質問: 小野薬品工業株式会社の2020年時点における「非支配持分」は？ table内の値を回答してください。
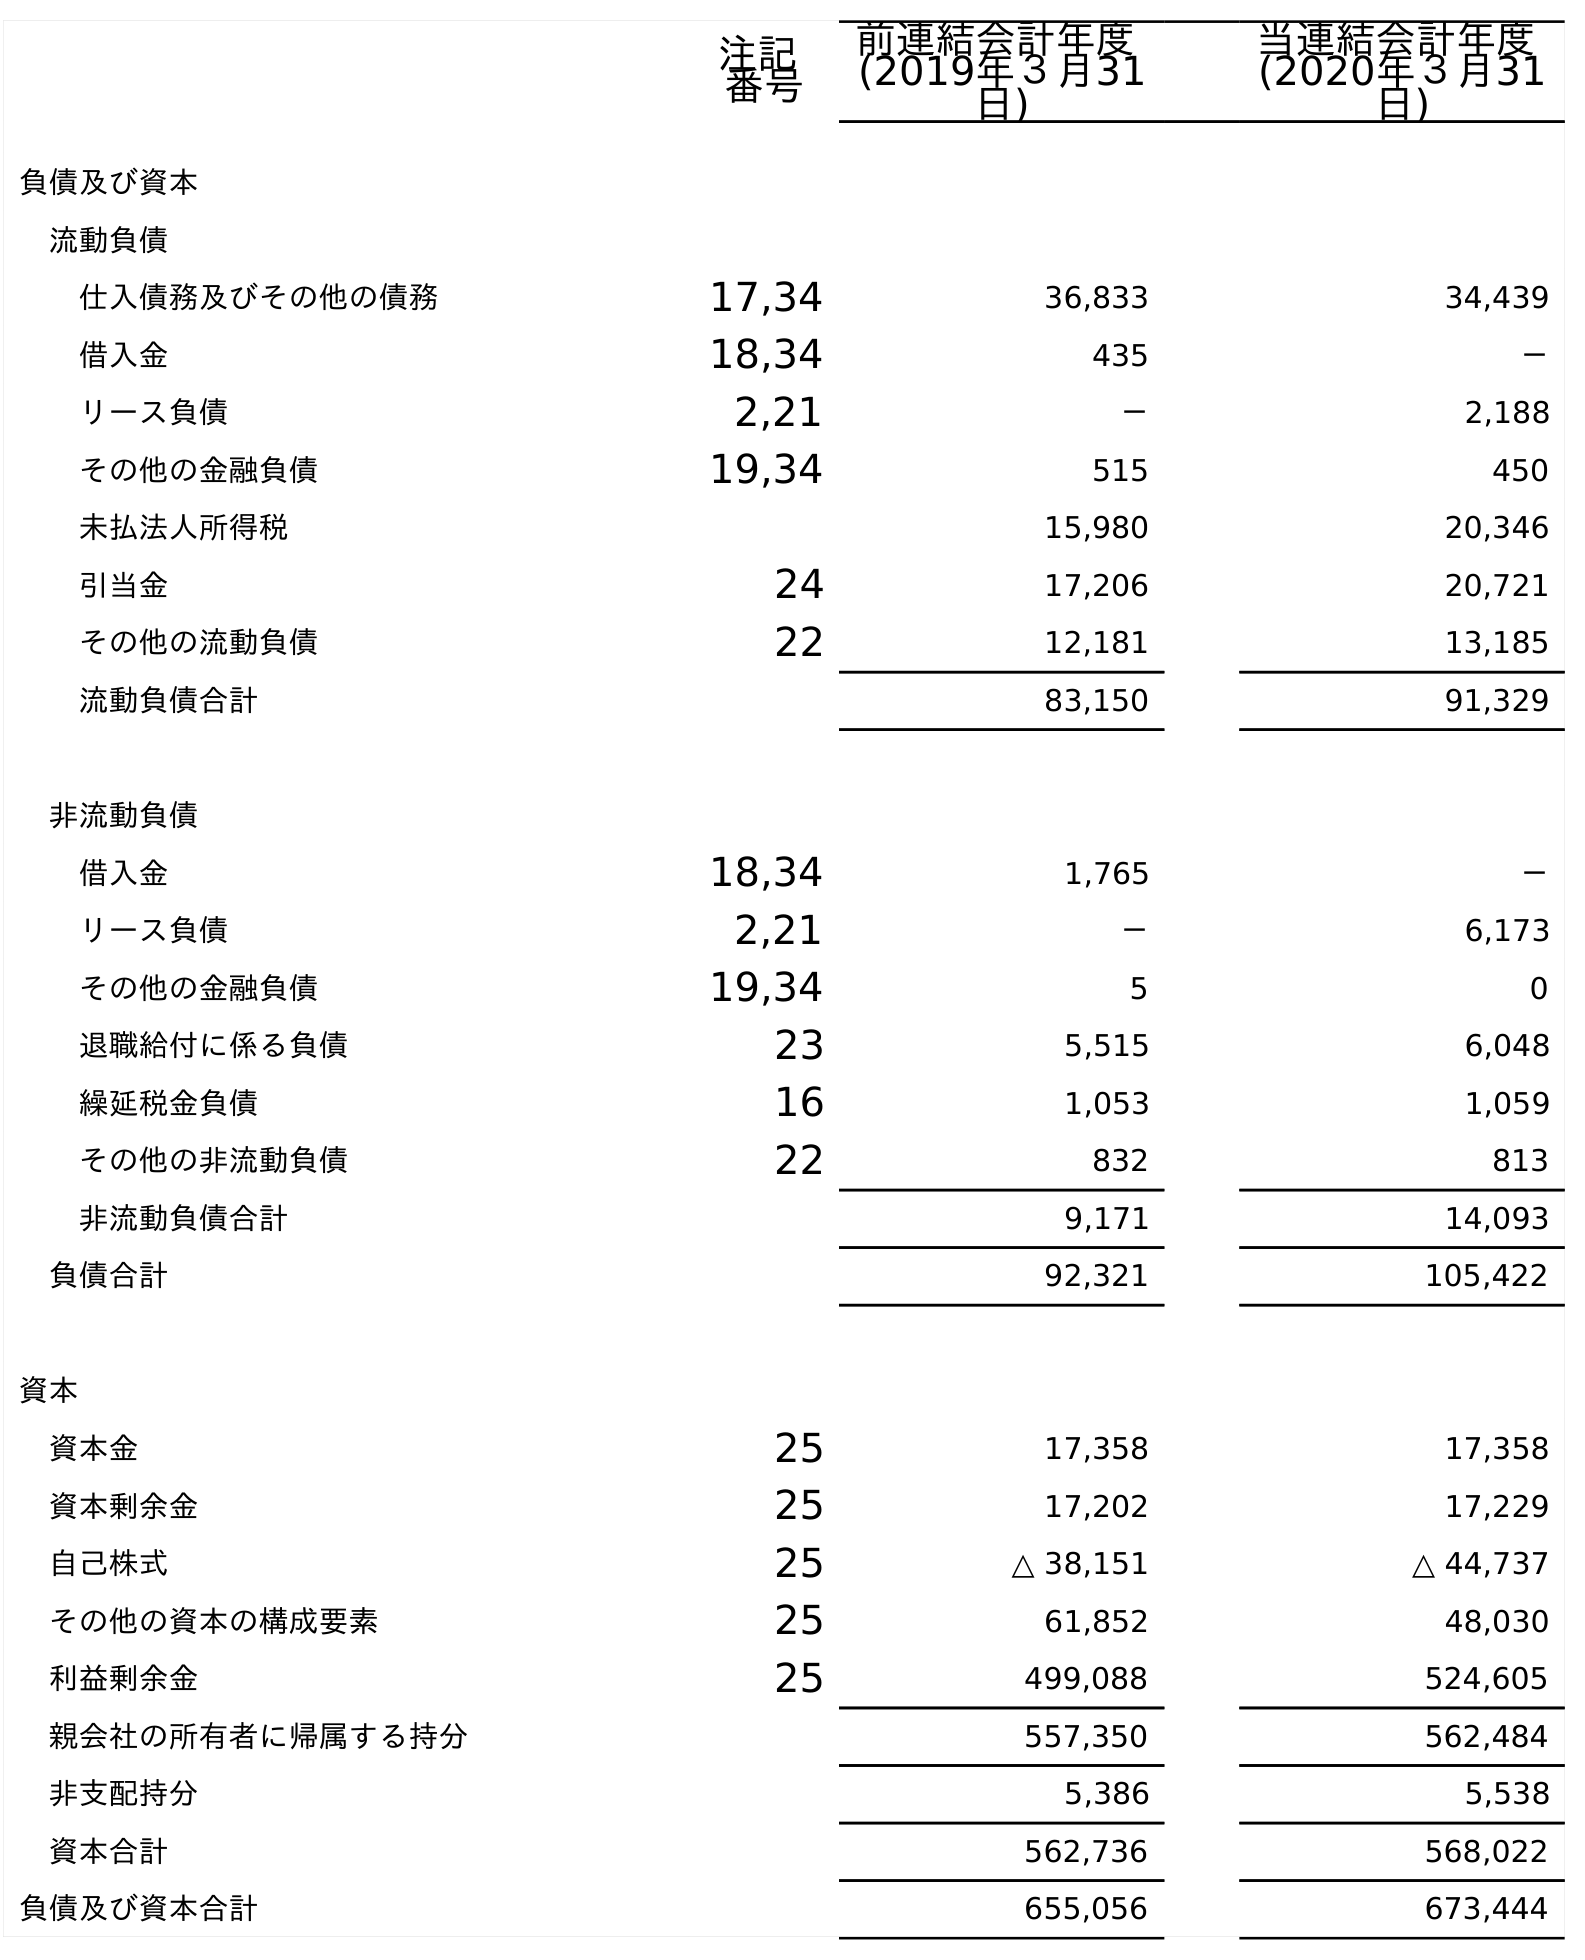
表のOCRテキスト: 注記 番号 前連結会計年度 (2019年３月31 日) 当連結会計年度 (2020年３月31 日) 負債及び資本 流動負債 仕入債務及びその他の債務 17,34 36,833 34,439 借入金 18,34 435 － リース負債 2,21 － 2,188 その他の金融負債 19,34 515 450 未払法人所得税 15,980 20,346 引当金 24 17,206 20,721 その他の流動負債 22 12,181 13,185 流動負債合計 83,150 91,329 非流動負債 借入金 18,34 1,765 － リース負債 2,21 － 6,173 その他の金融負債 19,34 5 0 退職給付に係る負債 23 5,515 6,048 繰延税金負債 16 1,053 1,059 その他の非流動負債 22 832 813 非流動負債合計 9,171 14,093 負債合計 92,321 105,422 資本 資本金 25 17,358 17,358 資本剰余金 25 17,202 17,229 自己株式 25 △ 38,151 △ 44,737 その他の資本の構成要素 25 61,852 48,030 利益剰余金 25 499,088 524,605 親会社の所有者に帰属する持分 557,350 562,484 非支配持分 5,386 5,538 資本合計 562,736 568,022 負債及び資本合計 655,056 673,444
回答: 5,538